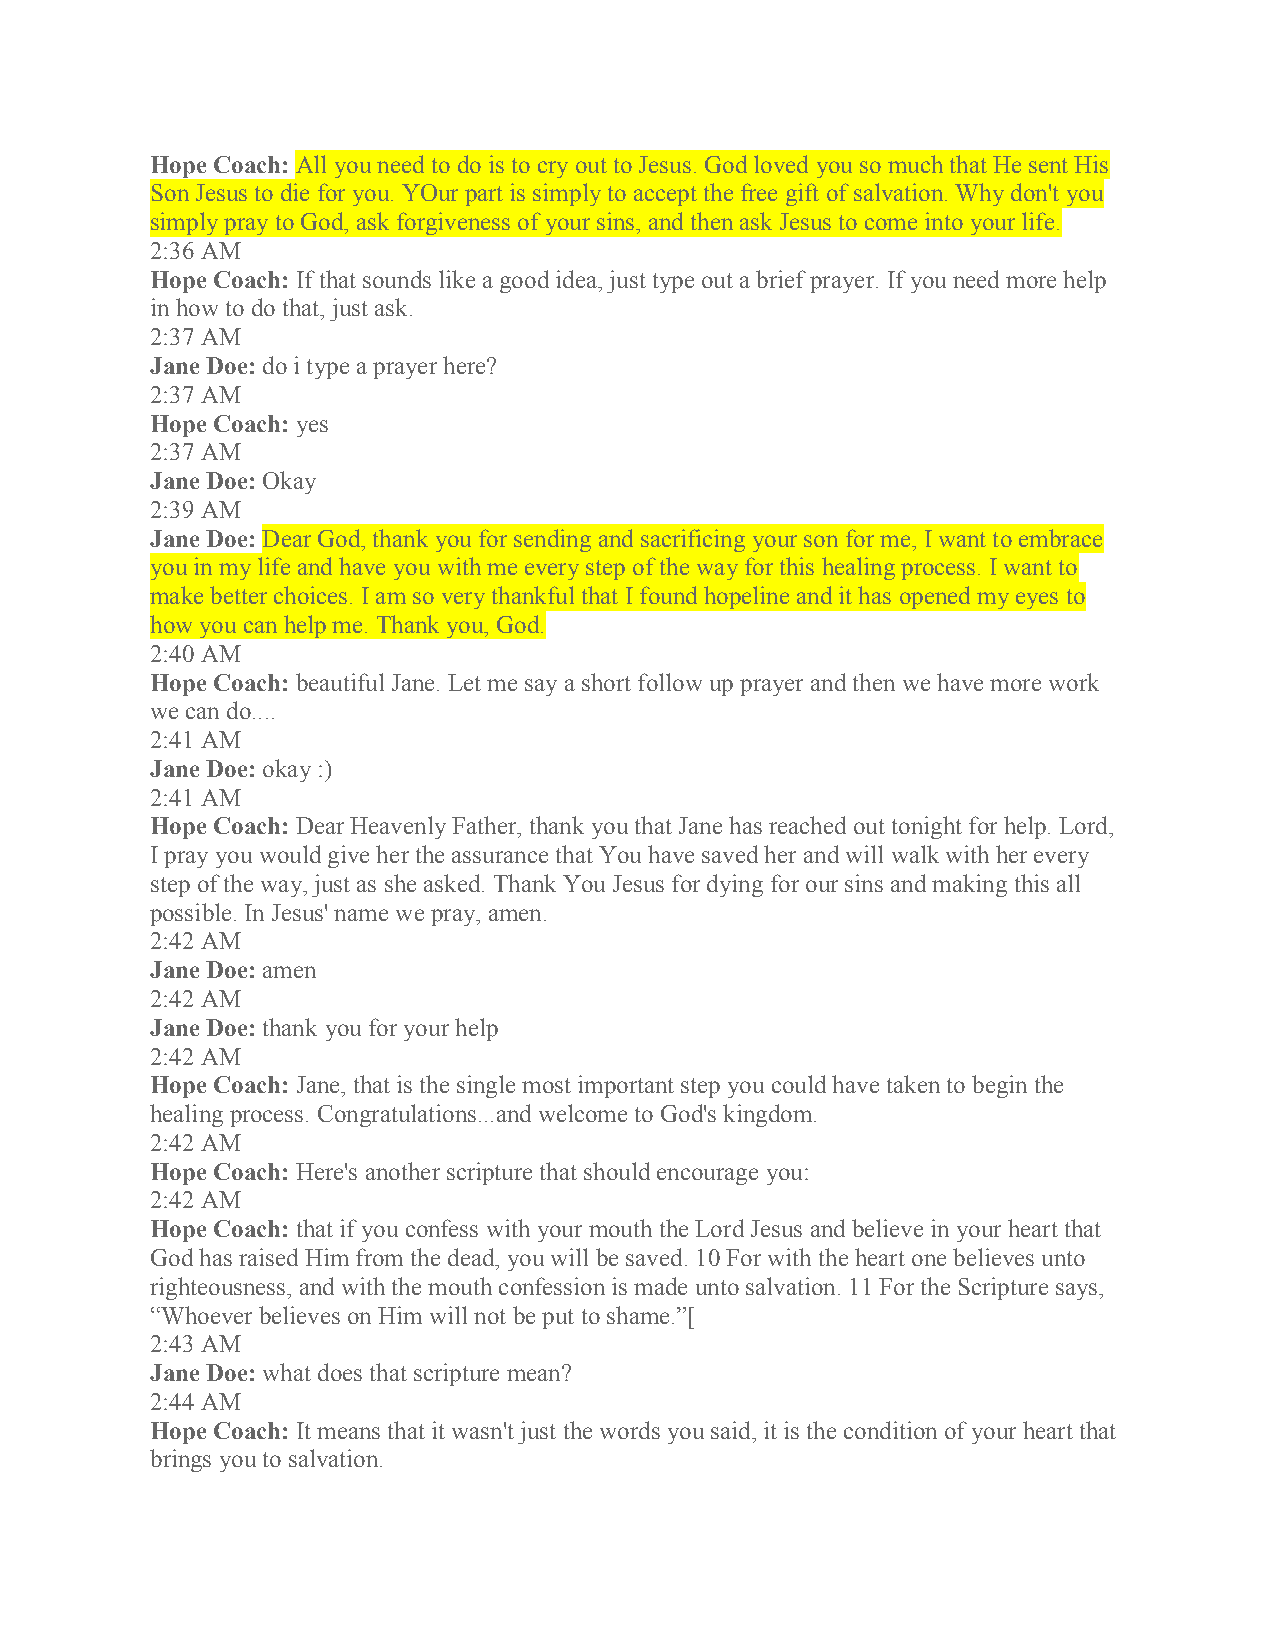
Hope Coach: All you need to do is to cry out to Jesus. God loved you so much that He sent His
 Son Jesus to die for you. YOur part is simply to accept the free gift of salvation. Why don't you
 simply pray to God, ask forgiveness of your sins, and then ask Jesus to come into your life.
 2:36 AM
 Hope Coach: If that sounds like a good idea, just type out a brief prayer. If you need more help
 in how to do that, just ask.
 2:37 AM
 Jane Doe: do i type a prayer here?
 2:37 AM
 Hope Coach: yes
 2:37 AM
 Jane Doe: Okay
 2:39 AM
 Jane Doe: Dear God, thank you for sending and sacrificing your son for me, I want to embrace
 you in my life and have you with me every step of the way for this healing process. I want to
 make better choices. I am so very thankful that I found hopeline and it has opened my eyes to
 how you can help me. Thank you, God.
 2:40 AM
 Hope Coach: beautiful Jane. Let me say a short follow up prayer and then we have more work
 we can do....
 2:41 AM
 Jane Doe: okay :)
 2:41 AM
 Hope Coach: Dear Heavenly Father, thank you that Jane has reached out tonight for help. Lord,
 I pray you would give her the assurance that You have saved her and will walk with her every
 step of the way, just as she asked. Thank You Jesus for dying for our sins and making this all
 possible. In Jesus' name we pray, amen.
 2:42 AM
 Jane Doe: amen
 2:42 AM
 Jane Doe: thank you for your help
 2:42 AM
 Hope Coach: Jane, that is the single most important step you could have taken to begin the
 healing process. Congratulations...and welcome to God's kingdom.
 2:42 AM
 Hope Coach: Here's another scripture that should encourage you:
 2:42 AM
 Hope Coach: that if you confess with your mouth the Lord Jesus and believe in your heart that
 God has raised Him from the dead, you will be saved. 10 For with the heart one believes unto
 righteousness, and with the mouth confession is made unto salvation. 11 For the Scripture says,
 “Whoever believes on Him will not be put to shame.”[
 2:43 AM
 Jane Doe: what does that scripture mean?
 2:44 AM
 Hope Coach: It means that it wasn't just the words you said, it is the condition of your heart that
 brings you to salvation.